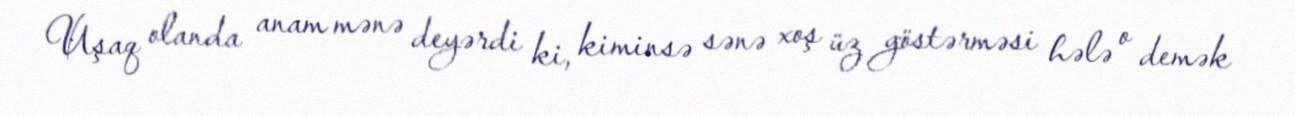
Uşaq olanda anam mənə deyərdi ki, kiminsə sənə xoş üz göstərməsi hələ o demək